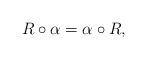
LaTeX: \begin{align*} R \circ \alpha=\alpha \circ R,\end{align*}